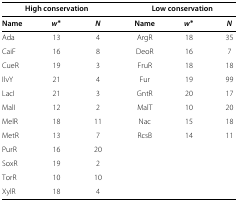
| <COLSPAN=3> High conservation | <COLSPAN=3> Low conservation |
 | --- | --- | --- | --- | --- | --- |
 | Name | w∗ | N | Name | w∗ | N |
 | Ada | 13 | 4 | ArgR | 18 | 35 |
 | CaiF | 16 | 8 | DeoR | 16 | 7 |
 | CueR | 19 | 3 | FruR | 18 | 18 |
 | IlvY | 21 | 4 | Fur | 19 | 99 |
 | LacI | 21 | 3 | GntR | 20 | 17 |
 | MalI | 12 | 2 | MalT | 10 | 20 |
 | MelR | 18 | 11 | Nac | 15 | 18 |
 | MetR | 13 | 7 | RcsB | 14 | 11 |
 | PurR | 16 | 20 |  |  |  |
 | SoxR | 19 | 2 |  |  |  |
 | TorR | 10 | 10 |  |  |  |
 | XylR | 18 | 4 |  |  |  |